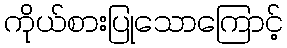
ကိုယ်စားပြုသောကြောင့်